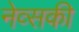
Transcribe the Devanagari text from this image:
नेव्सकी